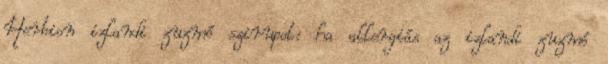
Herbion izlandi zuzmó szirupot: ha allergiás az izlandi zuzmó